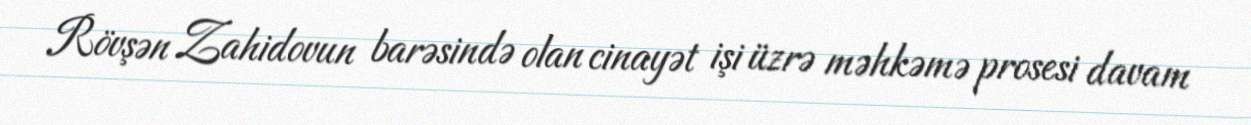
Rövşən Zahidovun barəsində olan cinayət işi üzrə məhkəmə prosesi davam